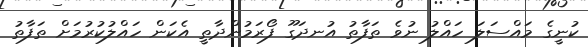
ކުނީގެ މައްސަލަ ހައްލު ނުވެ ތަފާތު އުނދަގޫ ފޯރަމުންދާތީ އެކަން ހައްލުކުރުމަށް ތަފާތު